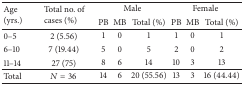
<table><thead><tr><td rowspan="2"><b>Age(yrs.)</b></td><td rowspan="2"><b>Total no. ofcases (%)</b></td><td colspan="3"><b>Male</b></td><td colspan="3"><b>Female</b></td></tr><tr><td><b>PB</b></td><td><b>MB</b></td><td><b>Total (%)</b></td><td><b>PB</b></td><td><b>MB</b></td><td><b>Total (%)</b></td></tr></thead><tbody><tr><td>0–5</td><td>2 (5.56)</td><td>1</td><td>0</td><td>1</td><td>1</td><td>0</td><td>1</td></tr><tr><td>6–10</td><td>7 (19.44)</td><td>5</td><td>0</td><td>5</td><td>2</td><td>0</td><td>2</td></tr><tr><td>11–14</td><td>27 (75)</td><td>8</td><td>6</td><td>14</td><td>10</td><td>3</td><td>13</td></tr><tr><td>Total</td><td><i>N</i> = 36</td><td>14</td><td>6</td><td>20 (55.56)</td><td>13</td><td>3</td><td>16 (44.44)</td></tr></tbody></table>